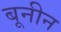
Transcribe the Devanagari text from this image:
बूनीन